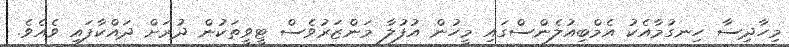
މިހާދިސާ ހިނގުމާއެކު އެމްބިއުލެންސްގައި މީހުން އުފުލާ މަންޒަރުވެސް ޓީވީތަކުން ދުރަށް ދައްކާފައި ވެއެވެ.